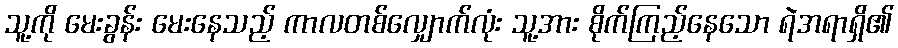
သူ့ကို မေးခွန်း မေးနေသည့် ကာလတစ်လျှောက်လုံး သူ့အား စိုက်ကြည့်နေသော ရဲအရာရှိ၏